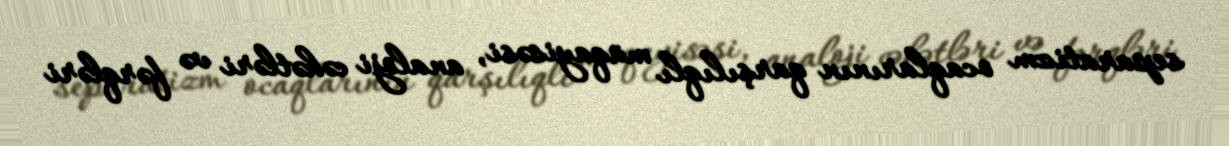
separatizm ocaqlarının qarşılıqlı müqayisəsi, analoji cəhətləri və fərqləri